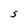
Character: S